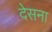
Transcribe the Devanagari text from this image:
देसना